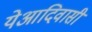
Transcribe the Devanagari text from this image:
येआदिवासी